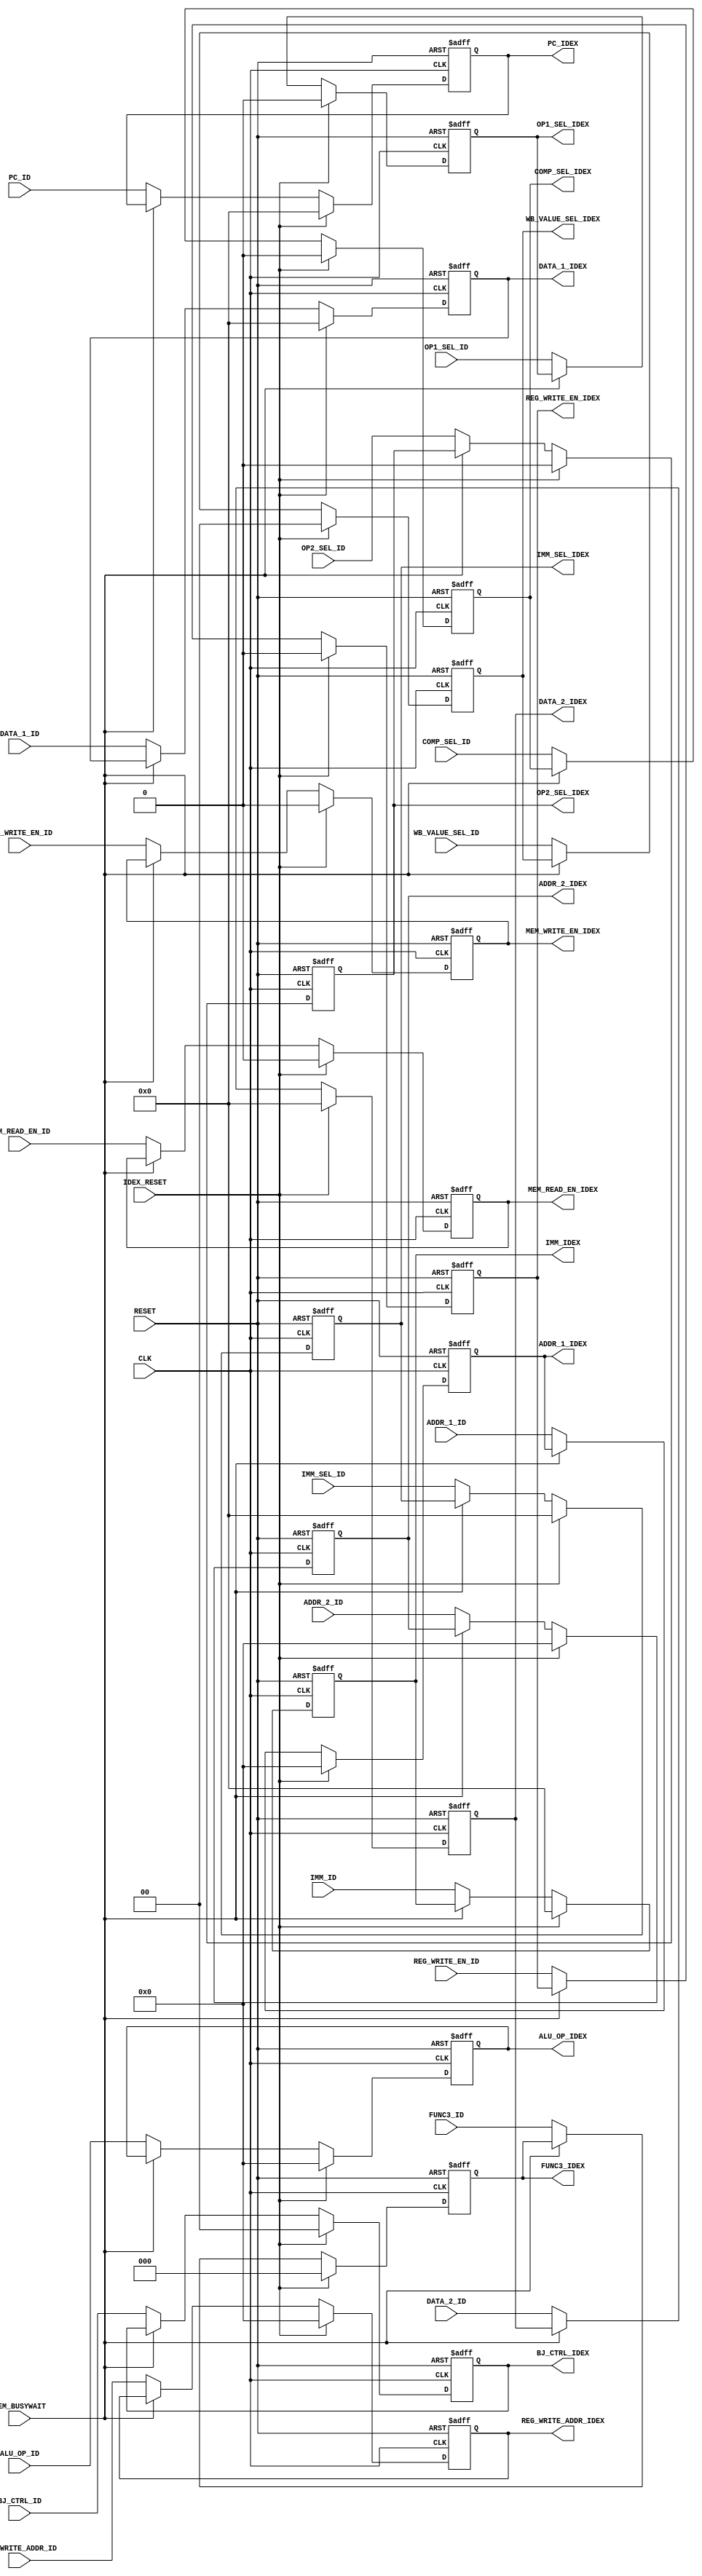
module id_ex_reg(
    // input
    input CLK,
    input RESET,
    input IDEX_RESET,
    input MEM_BUSYWAIT,
    input REG_WRITE_EN_ID, //  wrten_reg
    input [1:0] WB_VALUE_SEL_ID, // ALU_RESULT, MEM, PC + 4
    input MEM_READ_EN_ID, // d_mem_r
    input MEM_WRITE_EN_ID, // d_mem_w
    input [1:0] BJ_CTRL_ID,
    input [4:0] ALU_OP_ID, // alu_op
    input COMP_SEL_ID,
    input OP2_SEL_ID, // mux2
    input OP1_SEL_ID, // mux1
    input [31:0] IMM_SEL_ID, // mux_wire_module
    input [31:0] PC_ID,
    input [31:0] DATA_1_ID,
    input [31:0] DATA_2_ID,
    input [31:0] IMM_ID,
    input [2:0] FUNC3_ID,
    input [4:0] ADDR_1_ID,
    input [4:0] ADDR_2_ID,
    input [4:0] REG_WRITE_ADDR_ID,
    // outputs
    output reg REG_WRITE_EN_IDEX, //  wrten_reg
    output reg [1:0] WB_VALUE_SEL_IDEX, // ALU_RESULT, MEM, PC + 4
    output reg MEM_READ_EN_IDEX, // d_mem_r
    output reg MEM_WRITE_EN_IDEX, // d_mem_w
    output reg [1:0] BJ_CTRL_IDEX,
    output reg [4:0] ALU_OP_IDEX, // alu_op
    output reg COMP_SEL_IDEX,
    output reg OP2_SEL_IDEX, // mux2
    output reg OP1_SEL_IDEX, // mux1
    output reg [31:0] IMM_SEL_IDEX, // mux_wire_module
    output reg [31:0] PC_IDEX,
    output reg [31:0] DATA_1_IDEX,
    output reg [31:0] DATA_2_IDEX,
    output reg [31:0] IMM_IDEX,
    output reg [2:0] FUNC3_IDEX,
    output reg [4:0] ADDR_1_IDEX,
    output reg [4:0] ADDR_2_IDEX,
    output reg [4:0] REG_WRITE_ADDR_IDEX
);

    always @(posedge CLK, posedge RESET) begin
        if (RESET) begin
            REG_WRITE_EN_IDEX <= 1'b0;
            WB_VALUE_SEL_IDEX <= 2'b0;
            MEM_READ_EN_IDEX <= 1'b0;
            MEM_WRITE_EN_IDEX <= 1'b0;
            BJ_CTRL_IDEX <= 2'b0;
            ALU_OP_IDEX <= 5'b0;
            COMP_SEL_IDEX <= 1'b0;
            OP2_SEL_IDEX <= 1'b0;
            OP1_SEL_IDEX <= 1'b0;
            IMM_SEL_IDEX <= 32'b0;
            PC_IDEX <= 32'b0;
            DATA_1_IDEX <= 32'b0;
            DATA_2_IDEX <= 32'b0;
            IMM_IDEX <= 32'b0;
            FUNC3_IDEX <= 3'b0;
            ADDR_1_IDEX <= 5'b0;
            ADDR_2_IDEX <= 5'b0;
            REG_WRITE_ADDR_IDEX <= 5'b0;
        end else if (IDEX_RESET) begin
            REG_WRITE_EN_IDEX <= 1'b0;
            WB_VALUE_SEL_IDEX <= 2'b0;
            MEM_READ_EN_IDEX <= 1'b0;
            MEM_WRITE_EN_IDEX <= 1'b0;
            BJ_CTRL_IDEX <= 2'b0;
            ALU_OP_IDEX <= 5'b0;
            COMP_SEL_IDEX <= 1'b0;
            OP2_SEL_IDEX <= 1'b0;
            OP1_SEL_IDEX <= 1'b0;
            IMM_SEL_IDEX <= 32'b0;
            PC_IDEX <= 32'b0;
            DATA_1_IDEX <= 32'b0;
            DATA_2_IDEX <= 32'b0;
            IMM_IDEX <= 32'b0;
            FUNC3_IDEX <= 3'b0;
            ADDR_1_IDEX <= 5'b0;
            ADDR_2_IDEX <= 5'b0;
            REG_WRITE_ADDR_IDEX <= 5'b0;
        end else if (!MEM_BUSYWAIT) begin
            REG_WRITE_EN_IDEX <= REG_WRITE_EN_ID;
            WB_VALUE_SEL_IDEX <= WB_VALUE_SEL_ID;
            MEM_READ_EN_IDEX <= MEM_READ_EN_ID;
            MEM_WRITE_EN_IDEX <= MEM_WRITE_EN_ID;
            BJ_CTRL_IDEX <= BJ_CTRL_ID;
            ALU_OP_IDEX <= ALU_OP_ID;
            COMP_SEL_IDEX <= COMP_SEL_ID;
            OP2_SEL_IDEX <= OP2_SEL_ID;
            OP1_SEL_IDEX <= OP1_SEL_ID;
            IMM_SEL_IDEX <= IMM_SEL_ID;
            PC_IDEX <= PC_ID;
            DATA_1_IDEX <= DATA_1_ID;
            DATA_2_IDEX <= DATA_2_ID;
            IMM_IDEX <= IMM_ID;
            FUNC3_IDEX <= FUNC3_ID;
            ADDR_1_IDEX <= ADDR_1_ID;
            ADDR_2_IDEX <= ADDR_2_ID;
            REG_WRITE_ADDR_IDEX <= REG_WRITE_ADDR_ID;
        end   
    end

endmodule